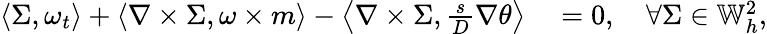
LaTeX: \begin{array}{rl}{\left\langle\Sigma,\omega_{t}\right\rangle+\left\langle\nabla\times\Sigma,\omega\times m\right\rangle-\left\langle\nabla\times\Sigma,\frac{s}{D}\nabla\theta\right\rangle}&{{}=0,\quad\forall\Sigma\in\mathbb{W}_{h}^{2},}\end{array}